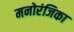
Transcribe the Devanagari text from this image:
मनोरंजिका